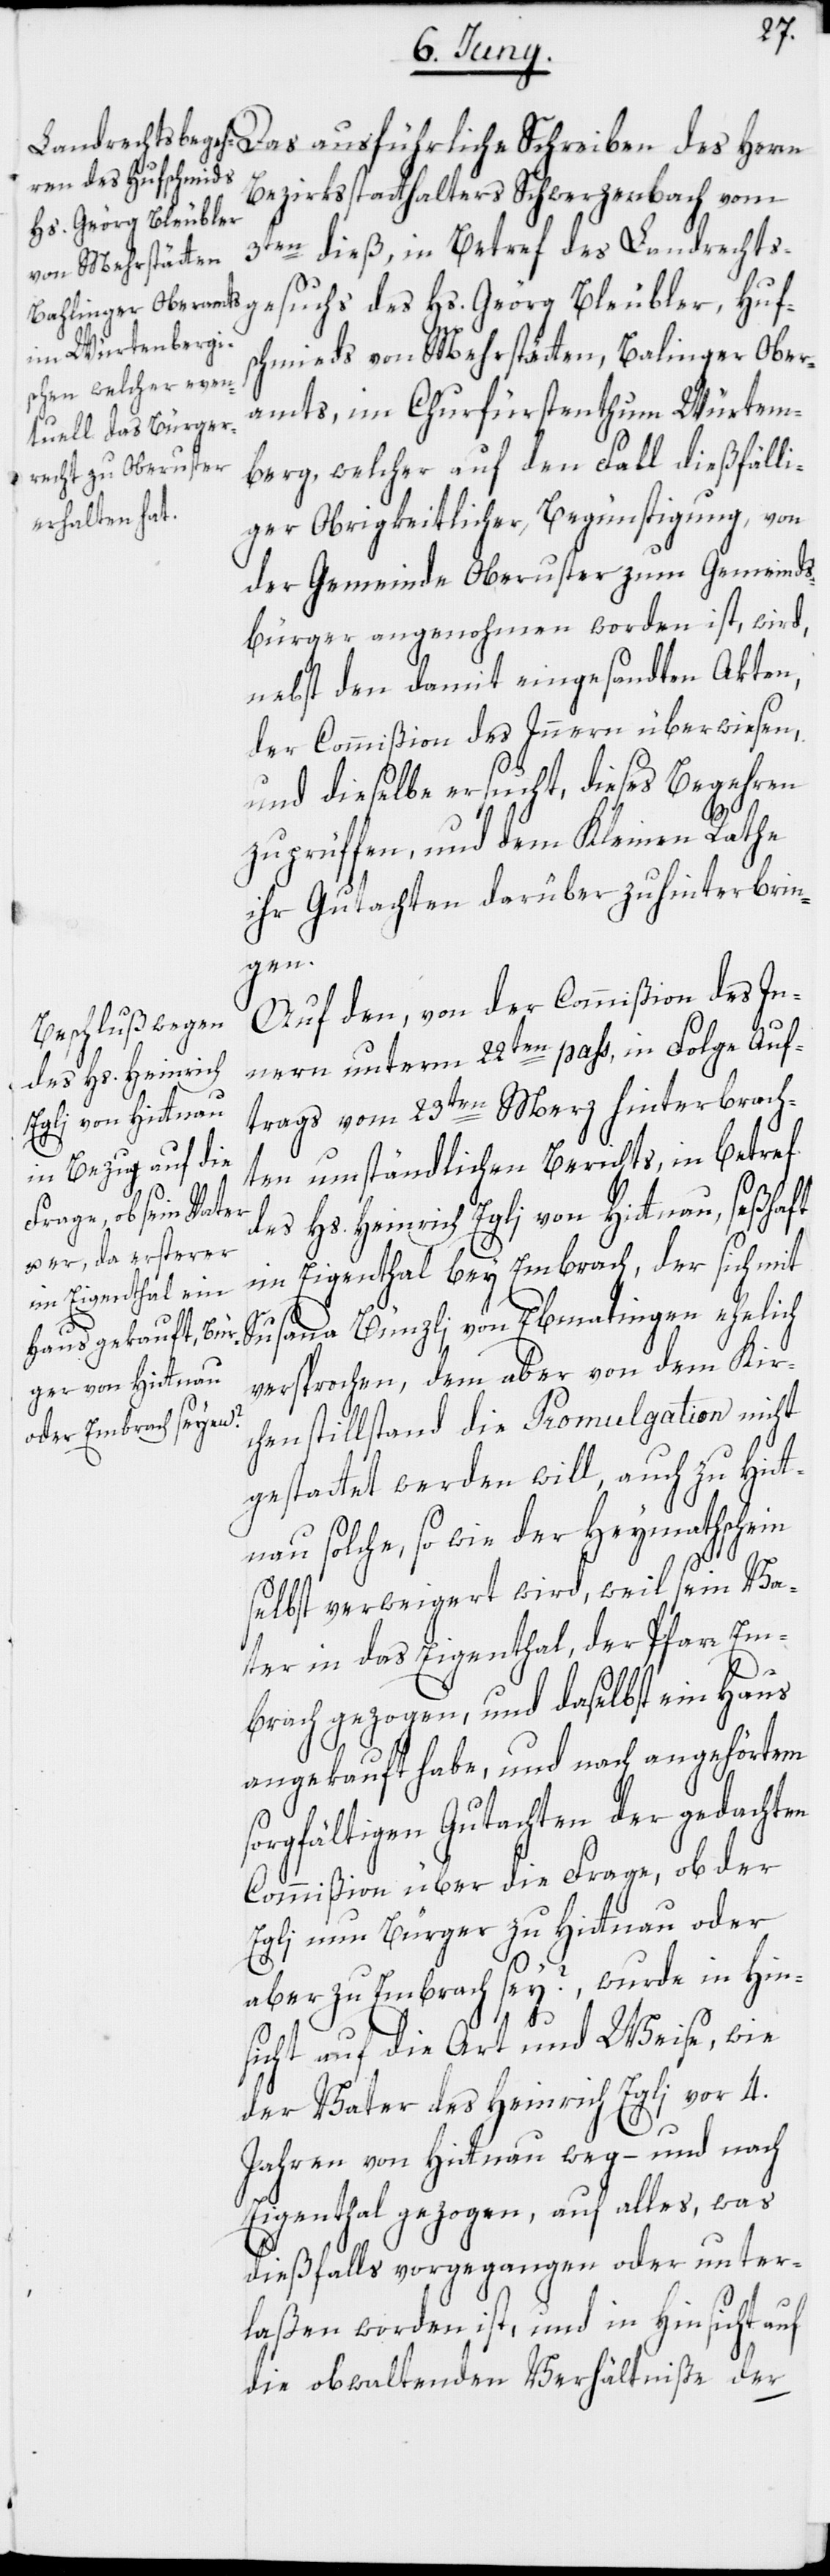
chs
Bezirksstatthalters Schwerzenbach vom
Hs. Geörg Bleubler,
3ten dieß, in Betref des Landrechts¬
schmieds von Mehrstätten, Balinger Ober¬
amts, im Churfürstenthum Würtem¬
berg, welcher auf den Fall dießfälli¬
ger Obrigkeitlicher Begünstigung, von
der Gemeinde Oberuster zum Gemeinds¬
bürger angenohmen worden ist, wird,
nebst den damit eingesandten Akten,
der Commißion des Innern überwiesen,
und dieselbe ersucht, dieses Begehren
zu prüffen, und dem Kleinen Rathe
ihr Gutachten darüber zu hinterbrin¬
gen.
Auf den, von der Commißion des In¬
nern unterm 22ten pass, in Folge Auf¬
trags vom 23ten Merz hinterbrach¬
ten umständlichen Berichts, in betref
des Hs. Heinrich Egli von Hittnau, seßhaft
im Eigenthal bey Embrach, der sich mit
Susanna Bünzli von Ebmatingen ehelich
versprochen, dem aber von dem Kir¬
chenstillstand die Promulgation nicht
gestattet werden will, auch zu Hit¬
tnau solche, so wie der Heymathschein
selbst verweigert wird, weil sein Va¬
ter in das Eigenthal, der Pfarr Em¬
brach gezogen, und daselbst ein Haus
angekauft habe, und nach angehörtem
sorgfältigen Gutachten der gedachten
Commißion über die Frage, ob der
Egli nun Bürger zu Hittnau oder
aber zu Embrach sey?, wurde in Hin¬
sicht auf die Art und Weise, wie
der Vater des Heinrich Egli vor 4.
Jahren von Hittnau weg – und nach
Eigenthal gezogen, auf alles, was
dießfalls vorgegangen oder unter¬
laßen worden ist, und in Hinsicht auf
die obwaltenden Verhältniße der